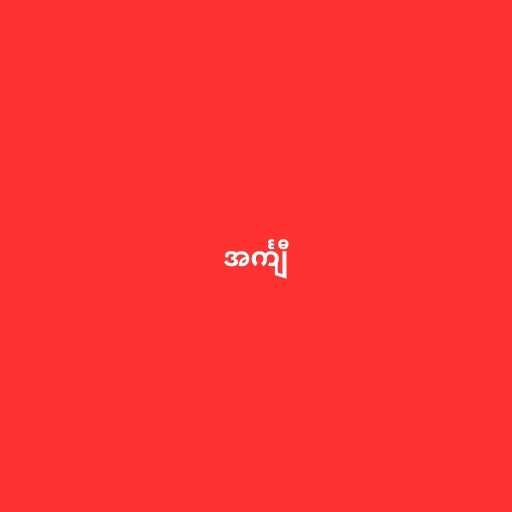
အင်္ကျီ